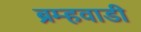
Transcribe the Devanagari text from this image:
ब्रम्हवाडी